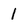
Character: 1